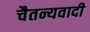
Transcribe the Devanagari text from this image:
चैतन्यवादी